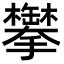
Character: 𬅍